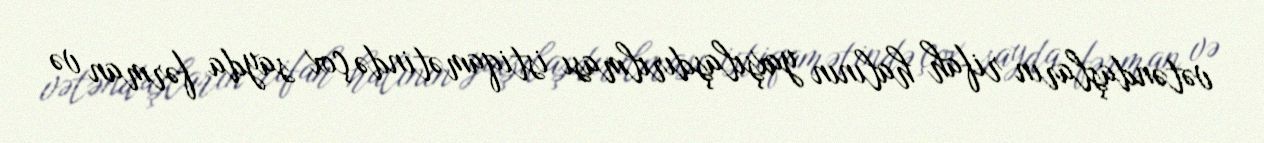
vətəndaşların rifah halının yaxşılaşdırılması istiqamətində çox sayda fərman və